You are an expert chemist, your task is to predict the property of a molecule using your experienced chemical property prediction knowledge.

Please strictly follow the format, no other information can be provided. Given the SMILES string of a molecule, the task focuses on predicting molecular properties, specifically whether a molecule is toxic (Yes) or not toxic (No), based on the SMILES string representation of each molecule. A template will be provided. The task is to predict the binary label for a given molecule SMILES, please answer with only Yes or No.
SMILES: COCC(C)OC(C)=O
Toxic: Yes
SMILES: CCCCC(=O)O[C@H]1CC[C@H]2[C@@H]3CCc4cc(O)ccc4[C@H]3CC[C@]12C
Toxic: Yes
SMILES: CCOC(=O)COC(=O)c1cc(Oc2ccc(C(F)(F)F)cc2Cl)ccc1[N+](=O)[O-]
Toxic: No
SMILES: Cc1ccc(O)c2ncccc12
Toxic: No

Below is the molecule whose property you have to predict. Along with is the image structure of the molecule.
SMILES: O=C(NOC[C@H](O)CO)c1ccc(F)c(F)c1Nc1ccc(I)cc1F
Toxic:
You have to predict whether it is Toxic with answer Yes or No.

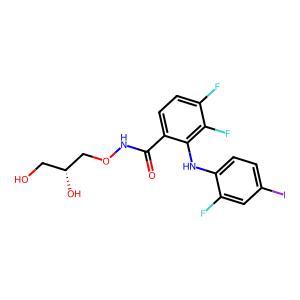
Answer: No